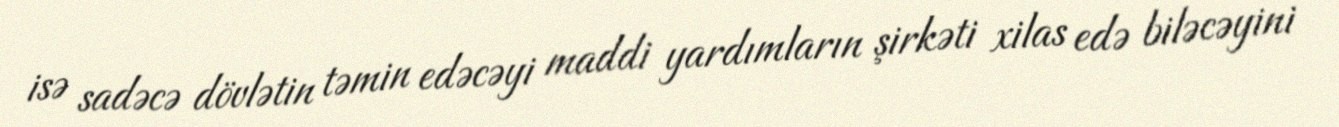
isə sadəcə dövlətin təmin edəcəyi maddi yardımların şirkəti xilas edə biləcəyini